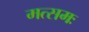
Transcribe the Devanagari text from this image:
मत्समः